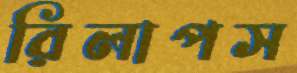
রিলাপস